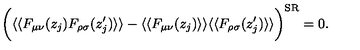
\bigg ( \langle \langle F _ { \mu \nu } ( z _ { j } ) F _ { \rho \sigma } ( z _ { j } ^ { \prime } ) \rangle \rangle - \langle \langle F _ { \mu \nu } ( z _ { j } ) \rangle \rangle \langle \langle F _ { \rho \sigma } ( z _ { j } ^ { \prime } ) \rangle \rangle \bigg ) ^ { \mathrm { S R } } = 0 .